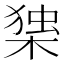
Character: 𭫅